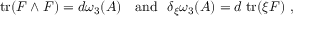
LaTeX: \mathrm { t r } ( F \wedge F ) = d \omega _ { 3 } ( A ) \ \ \ \mathrm { a n d } \ \ \delta _ { \xi } \omega _ { 3 } ( A ) = d \; \mathrm { t r } ( \xi F ) \ ,